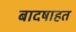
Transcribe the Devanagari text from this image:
बादषाहत